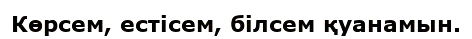
Көрсем, естісем, білсем қуанамын.